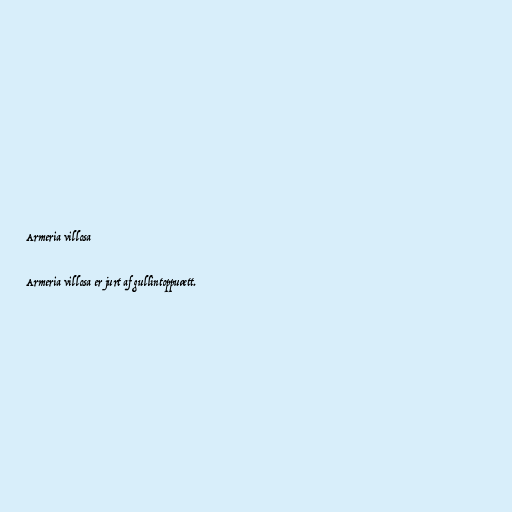
Armeria villosa

Armeria villosa er jurt af gullintoppuætt.